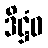
ဒိဋ္ဌံဝ